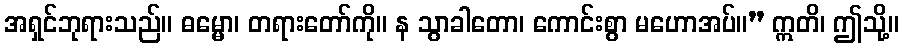
အရှင်ဘုရားသည်။ ဓမ္မော၊ တရားတော်ကို။ န သွာခါတော၊ ကောင်းစွာ မဟောအပ်။” ဣတိ၊ ဤသို့။